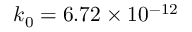
k _ { 0 } = 6 . 7 2 \times 1 0 ^ { - 1 2 }